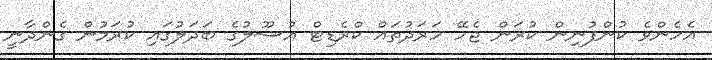
އެހެންވެ ކުންފުނިން ކުރަން ޖެހޭ ހަރަދުތައް ކްރެޑިޓް އުސޫލުގެ ބަދަލުގައި ކުރަމުން ގެންދާނީ